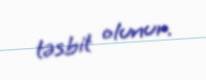
təsbit olunur.